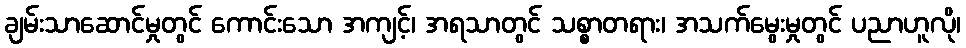
ချမ်းသာဆောင်မှုတွင် ကောင်းသော အကျင့်၊ အရသာတွင် သစ္စာတရား၊ အသက်မွေးမှုတွင် ပညာဟူလို၊